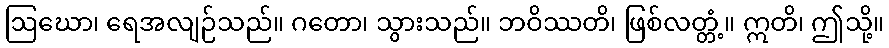
ဩဃော၊ ရေအလျဉ်သည်။ ဂတော၊ သွားသည်။ ဘဝိဿတိ၊ ဖြစ်လတ္တံ့။ ဣတိ၊ ဤသို့။